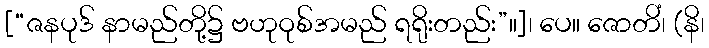
[“ဇနပုဒ် နာမည်တို့၌ ဗဟုဝုစ်အမည် ရရိုးတည်း”။]၊ ပေ။ ဇောတိံ၊ (နိ၊